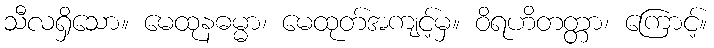
သီလရှိသော။ မေထုနဓမ္မာ၊ မေထုတ်အကျင့်မှ။ ဝိရဟိတတ္တာ၊ ကြောင့်။